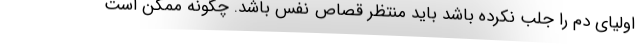
اولیای دم را جلب نکرده باشد باید منتظر قصاص نفس باشد. چگونه ممکن است